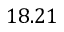
1 8 . 2 1